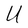
Character: U